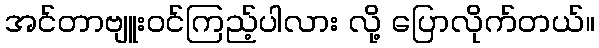
အင်တာဗျူးဝင်ကြည့်ပါလား လို့ ပြောလိုက်တယ်။